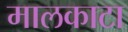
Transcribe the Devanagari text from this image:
मालकाटा